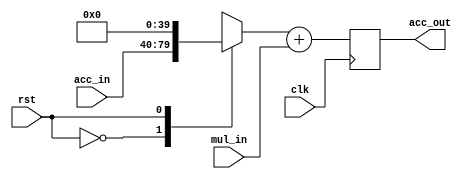

module Accumulator #(
			parameter DATA_WIDTH = 16,
			parameter ACC_WIDTH = 40,
			parameter MUL_WIDTH =32
		     )
		    (
			input clk,
			input rst,
			input [ACC_WIDTH-1:0] acc_in,
			input [MUL_WIDTH-1:0] mul_in,
			output [ACC_WIDTH-1:0] acc_out
		    );

reg [ACC_WIDTH-1:0] acc_input;
reg [ACC_WIDTH-1:0] acc_result;

assign acc_out = acc_result;

always@(posedge clk) begin
	
	case(rst)
		0: acc_input = acc_in;
		1: acc_input = 0;
		default: acc_input = acc_in;
	endcase
	
	acc_result <= acc_input + mul_in;
	
	$display("ACC UNIT ----- : CLK = %d, ACC = %d, MUL = %d, ACC Res = %d",clk,acc_input, mul_in, acc_result );

end


endmodule